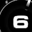
Digit: 6